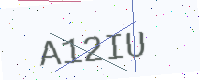
Text: A12IU